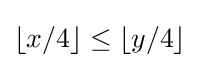
\lfloor x/4\rfloor \leq \lfloor y/4\rfloor